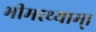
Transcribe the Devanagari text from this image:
भीमरथ्याम्।